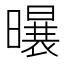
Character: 𪱆